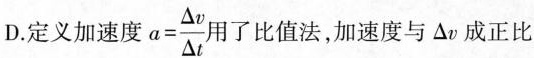
D.定义加速度 $$a = \frac { △ v } { △ t }$$ 用了比值法，加速度与△v成正比